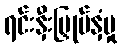
ရင်းနှီးမြှုပ်နှံမှု